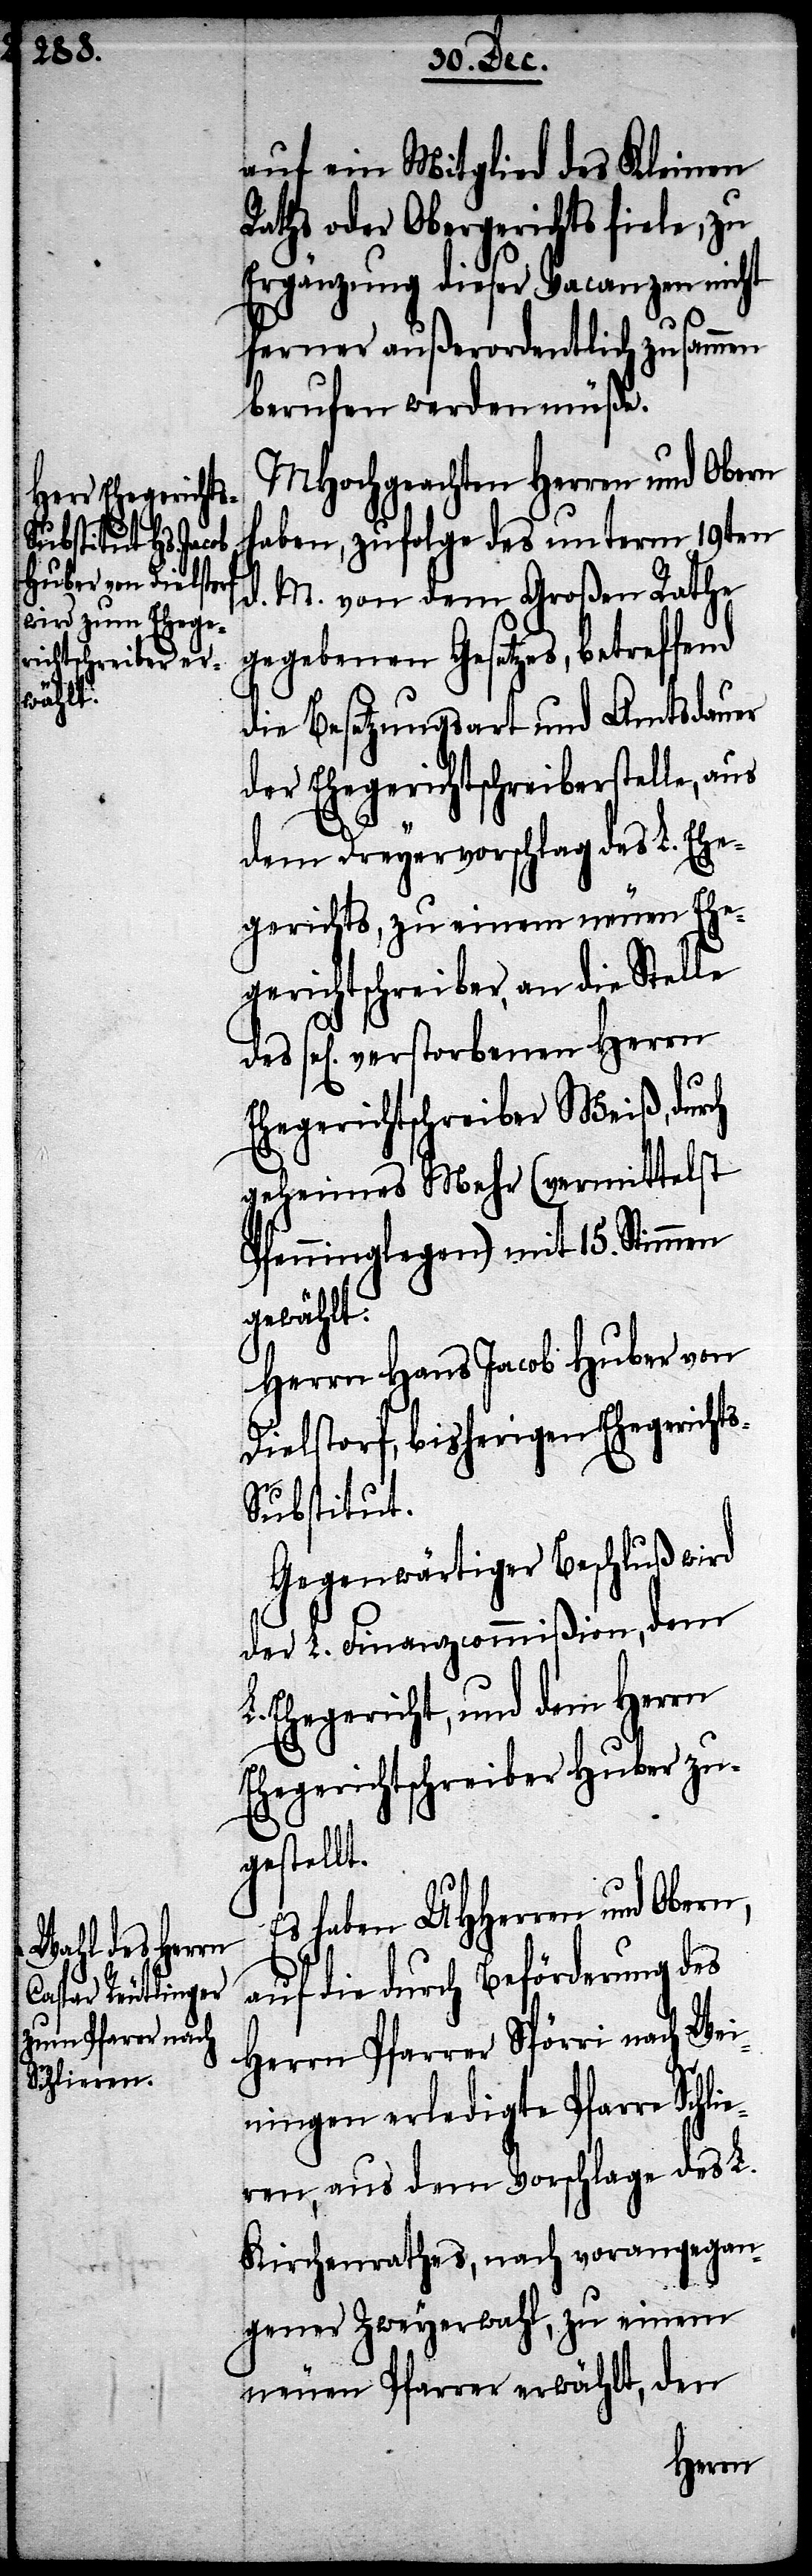
Herrn Ehegerichts¬
schreiber Weiß,

auf ein Mitglied des Kleinen
Raths oder Obergerichts fiele, zu
Ergänzung dieser Vacanzen nicht
ferner außerordentlich zusammen
berufen werden müße.
MHochgeachten Herren und Obern
haben, zufolge des unterm 19ten
d. M. von dem Großen Rathe
gegebenen Gesetzes, betreffend
die Besetzungsart und Amtsdauer
der Ehegerichtschreiberstelle, aus
dem Dreyervorschlag des L. Ehe¬
gerichts, zu einem neuen Ehe¬
gerichtschreiber, an die Stelle
geheimes Mehr (vermittelst
Pfenniglegen) mit 15. Stimmen
gewählt:
Herrn Hans Jacob Huber von
Dielstorf, bisherigen Ehegericht¬
s-Substitut.
Gegenwärtiger Beschluß wird
der L. Finanzcommißion, dem
Ehegericht, und dem Herrn
Ehegerichtschreiber Huber zu¬
gestellt.
Es habe UHHerren und Obern,
auf die durch Beförderung des
Herrn Pfarrer Spörri nach Wei¬
ningen erledigte Pfarre Schl¬
ieren, aus dem Vorschlage des L.
Kirchenrathes, nach vorangegan¬
gener Zweyerwahl, zu einem
neuen Pfarrer erwählt, den